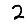
Digit: 2